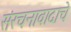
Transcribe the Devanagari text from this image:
संरचनावादाचे